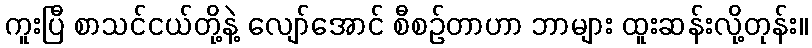
ကူးပြီ စာသင်ငယ်တို့နဲ့ လျော်အောင် စီစဉ်တာဟာ ဘာများ ထူးဆန်းလို့တုန်း။